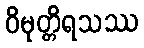
ဝိမုတ္တိရသဿ